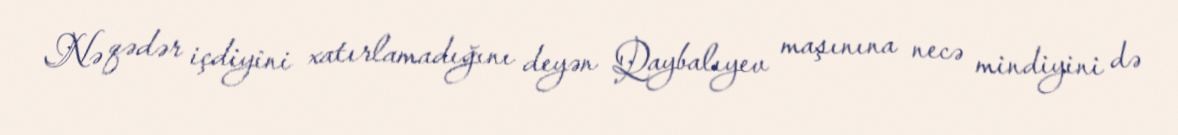
Nə qədər içdiyini xatırlamadığını deyən Qaybalıyev maşınına necə mindiyini də